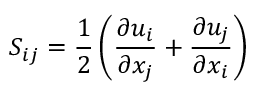
S _ { i j } = \frac { 1 } { 2 } \left( \frac { \partial u _ { i } } { \partial x _ { j } } + \frac { \partial u _ { j } } { \partial x _ { i } } \right)